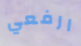
ارفعي